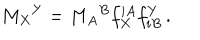
M _ { X } { } ^ { Y } = M _ { A } { } ^ { B } f _ { X } ^ { i A } f _ { i B } ^ { Y } \, .